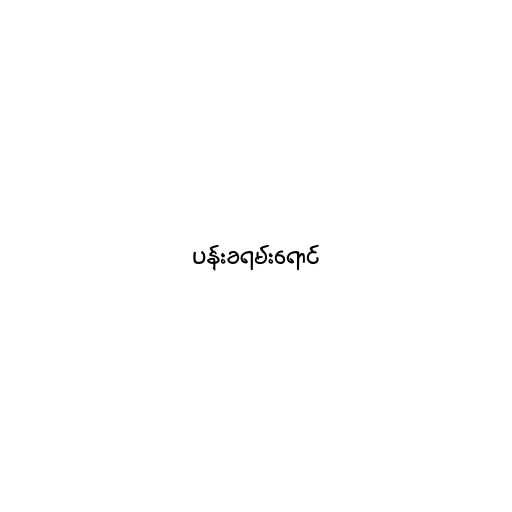
ပန်းခရမ်းရောင်